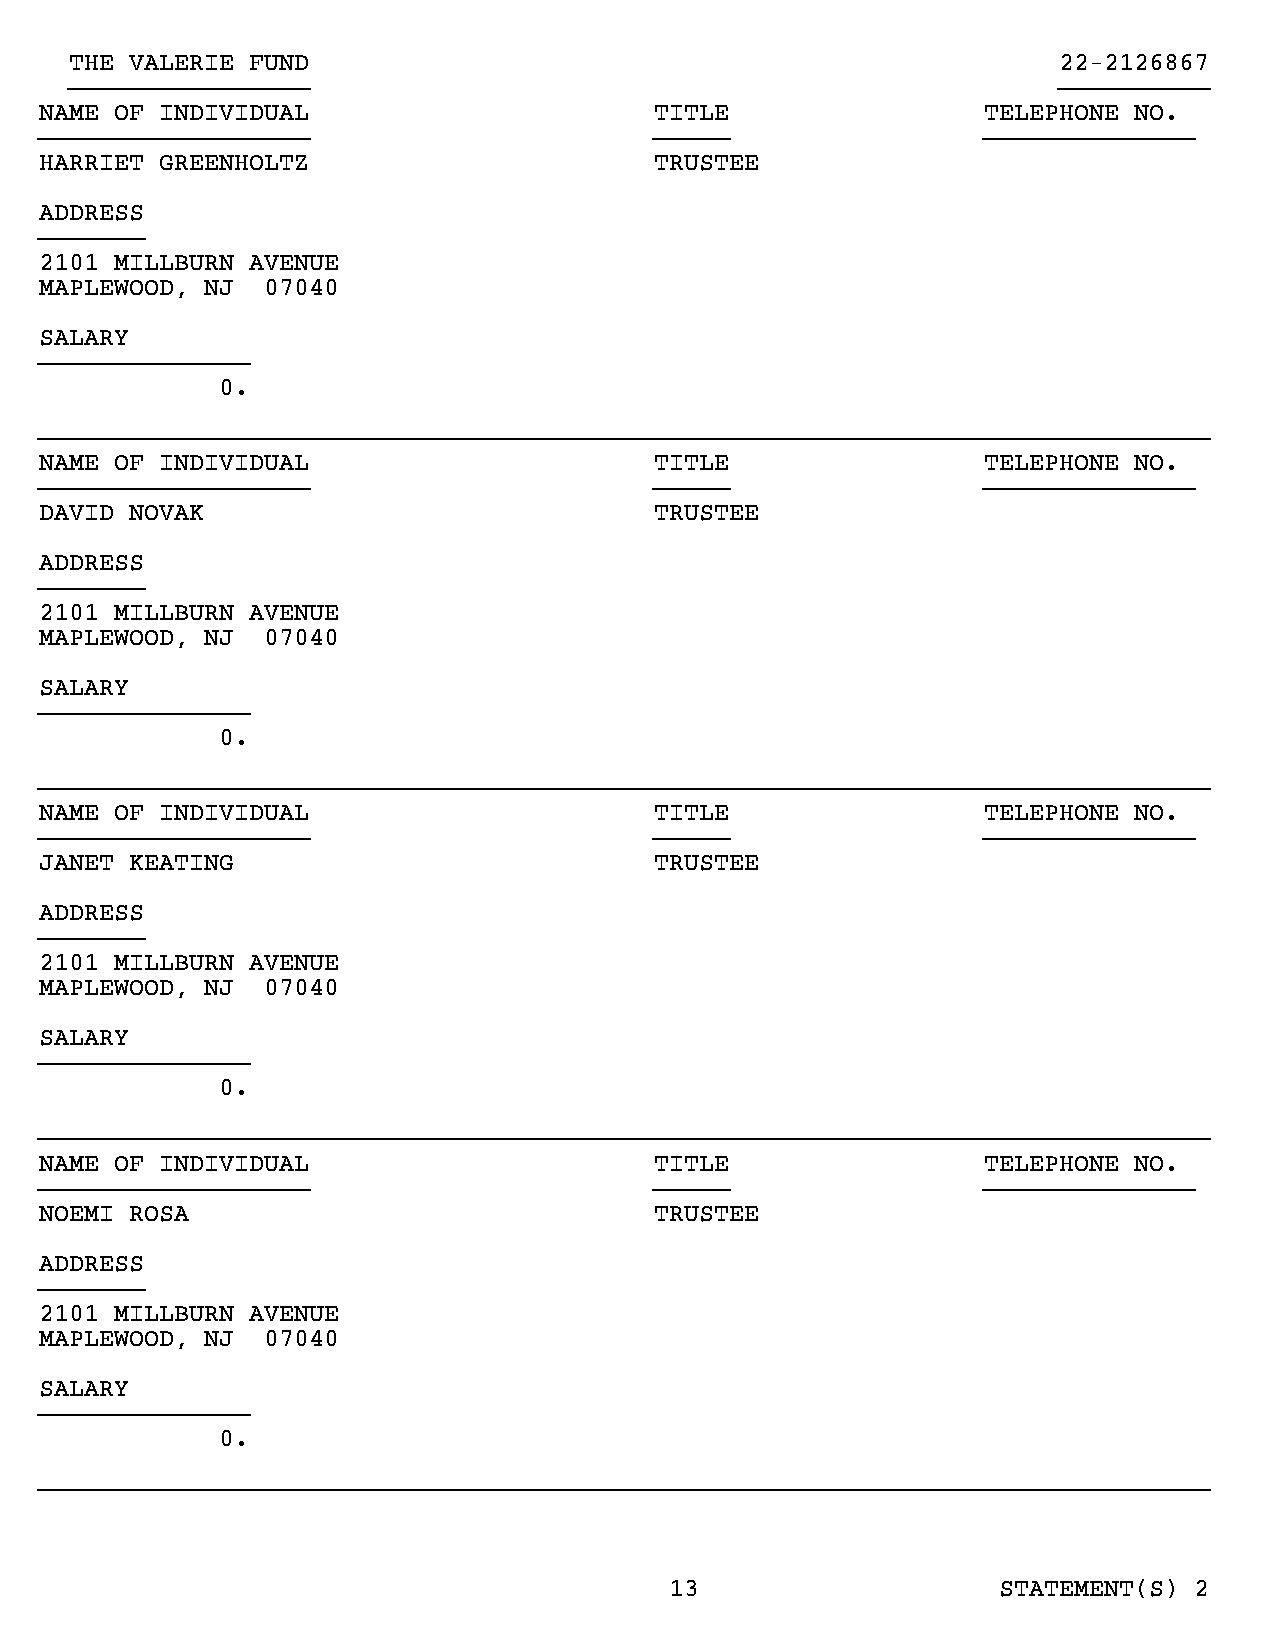
THE VALERIE FUND                                                 22-2126867
 }}}}}}}}}}}}}}}}                                                 }}}}}}}}}}
 NAME OF INDIVIDUAL                      TITLE                 TELEPHONE NO.
 }}}}}}}}}}}}}}}}}}                      }}}}}                 }}}}}}}}}}}}}}
 HARRIET GREENHOLTZ                      TRUSTEE
 ADDRESS
 }}}}}}}
 2101 MILLBURN AVENUE
 MAPLEWOOD, NJ 07040
 SALARY
 }}}}}}}}}}}}}}
 0.
 }}}}}}}}}}}}}}}}}}}}}}}}}}}}}}}}}}}}}}}}}}}}}}}}}}}}}}}}}}}}}}}}}}}}}}}}}}}}}}
 NAME OF INDIVIDUAL                      TITLE                 TELEPHONE NO.
 }}}}}}}}}}}}}}}}}}                      }}}}}                 }}}}}}}}}}}}}}
 DAVID NOVAK                             TRUSTEE
 ADDRESS
 }}}}}}}
 2101 MILLBURN AVENUE
 MAPLEWOOD, NJ 07040
 SALARY
 }}}}}}}}}}}}}}
 0.
 }}}}}}}}}}}}}}}}}}}}}}}}}}}}}}}}}}}}}}}}}}}}}}}}}}}}}}}}}}}}}}}}}}}}}}}}}}}}}}
 NAME OF INDIVIDUAL                      TITLE                 TELEPHONE NO.
 }}}}}}}}}}}}}}}}}}                      }}}}}                 }}}}}}}}}}}}}}
 JANET KEATING                           TRUSTEE
 ADDRESS
 }}}}}}}
 2101 MILLBURN AVENUE
 MAPLEWOOD, NJ 07040
 SALARY
 }}}}}}}}}}}}}}
 0.
 }}}}}}}}}}}}}}}}}}}}}}}}}}}}}}}}}}}}}}}}}}}}}}}}}}}}}}}}}}}}}}}}}}}}}}}}}}}}}}
 NAME OF INDIVIDUAL                      TITLE                 TELEPHONE NO.
 }}}}}}}}}}}}}}}}}}                      }}}}}                 }}}}}}}}}}}}}}
 NOEMI ROSA                              TRUSTEE
 ADDRESS
 }}}}}}}
 2101 MILLBURN AVENUE
 MAPLEWOOD, NJ 07040
 SALARY
 }}}}}}}}}}}}}}
 0.
 }}}}}}}}}}}}}}}}}}}}}}}}}}}}}}}}}}}}}}}}}}}}}}}}}}}}}}}}}}}}}}}}}}}}}}}}}}}}}}
 13                    STATEMENT(S) 2